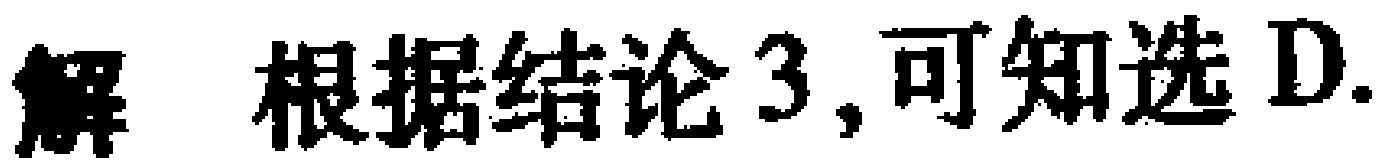
解 根据结论 3, 可知选 D.